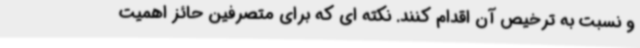
و نسبت به ترخیص آن اقدام کنند. نکته ای که برای متصرفین حائز اهمیت